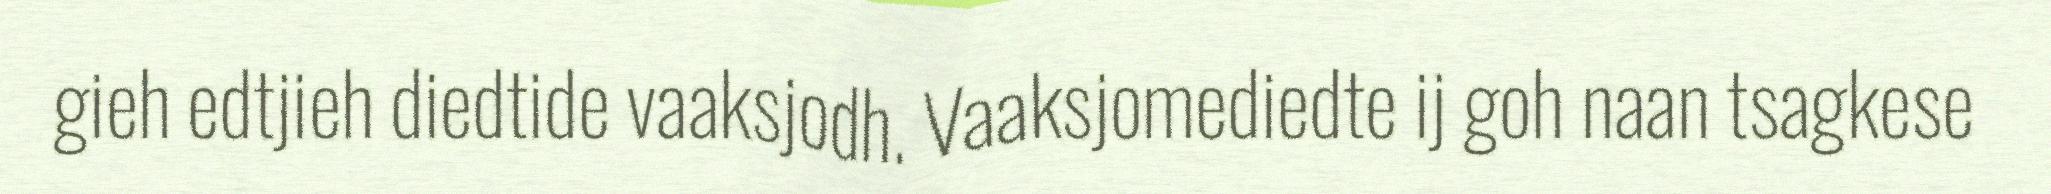
gieh edtjieh diedtide vaaksjodh. Vaaksjomediedte ij goh naan tsagkese